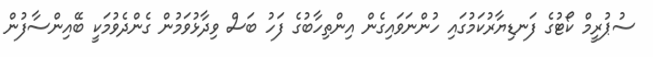
ސުޕުރީމް ކޯޓުގެ ފަނޑިޔާރުކަމުގައި ހުންނަވައިގެން އިންތިހާބުގެ ފަހު ބަސް ވިދާޅުވަމުން ގެންދެވުމަކީ ބޭއިންސާފުން